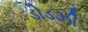
ડોડઝી